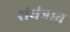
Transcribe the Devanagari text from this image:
संयंत्रात